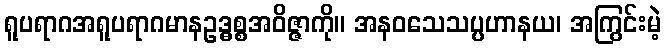
ရူပရာဂအရူပရာဂမာနဥဒ္ဓစ္စအဝိဇ္ဇာကို။ အနဝသေသပ္ပဟာနယ၊ အကြွင်းမဲ့